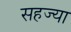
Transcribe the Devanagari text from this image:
सहज्या